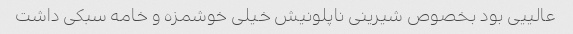
عالییی بود بخصوص شیرینی ناپلونیش خیلی خوشمزه و خامه سبکی داشت